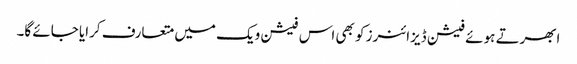
ابھرتے ہوئے فیشن ڈیزائنرز کو بھی اس فیشن ویک میں متعارف کرایا جائے گا۔